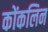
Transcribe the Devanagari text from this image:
कोंकलिन